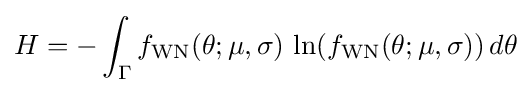
H=-\int _{\Gamma }f_{\text{WN}}(\theta ;\mu ,\sigma )\,\ln(f_{\text{WN}}(\theta ;\mu ,\sigma ))\,d\theta